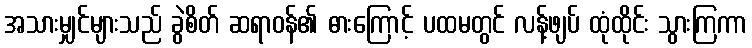
အသားမျှင်များသည် ခွဲစိတ် ဆရာဝန်၏ ဓားကြောင့် ပထမတွင် လန့်ဖျပ် ထုံထိုင်း သွားကြကာ